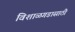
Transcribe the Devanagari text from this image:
विशाळगडासाठी